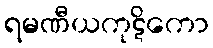
ရမဏီယကုဋိကော